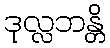
ဒုလ္လဘန္တိ